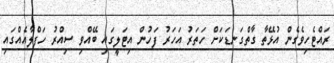
ރައްޓެހިވެގެން އުޅޭތާ ގާތްގަނޑަކަށް ހަތަރު އަހަރު ފަހުން އިޓަލީގައި ބޭއްވި ސިއްރު ހަފްލާއެއްގައި